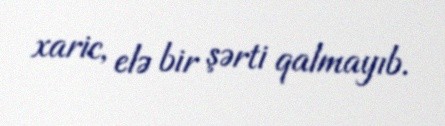
xaric, elə bir şərti qalmayıb.